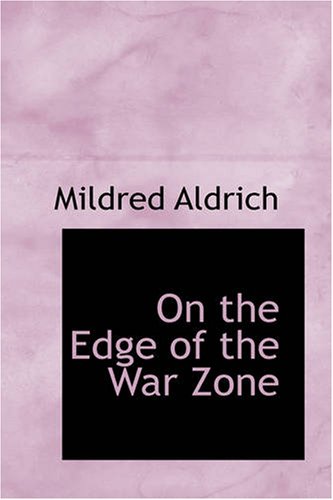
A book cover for On the Edge of the War Zone: From Battle of Marne to the Entrance of the Stars&Stripes; Mildred Aldrich; Engineering & Transportation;